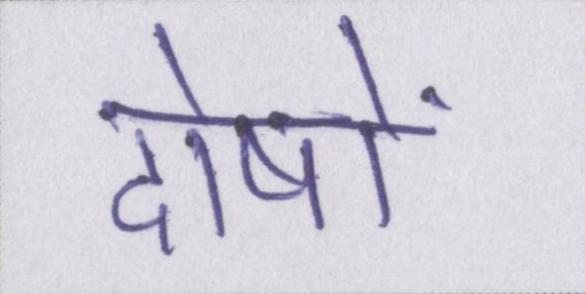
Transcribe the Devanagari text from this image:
दोषों